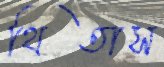
থিতাস